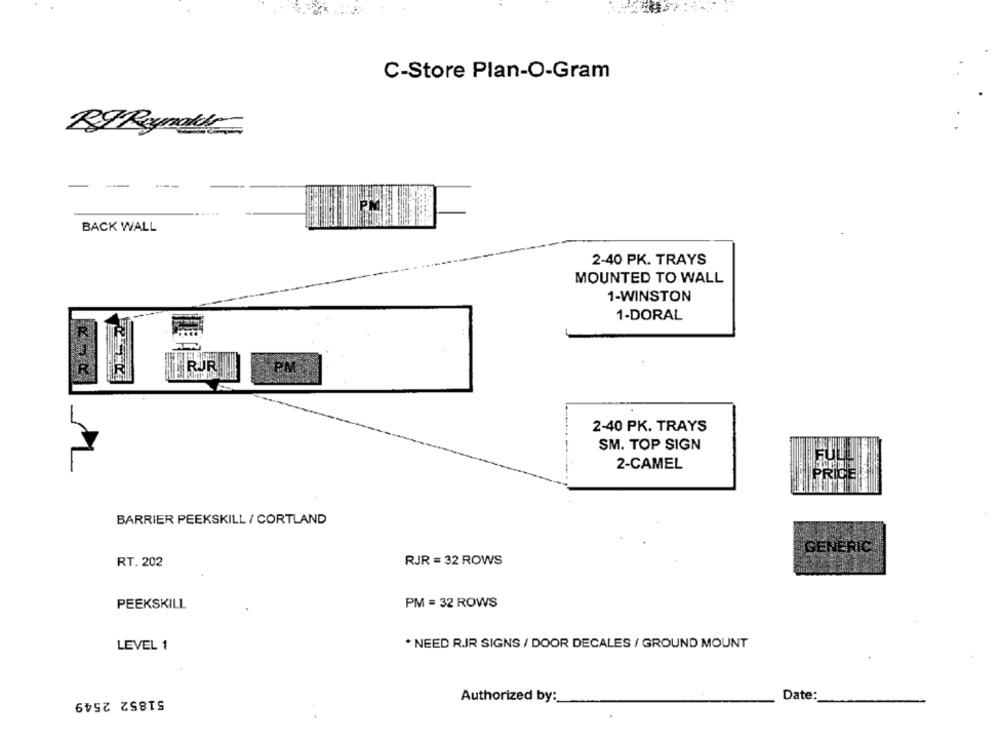
C-Store Plan-O-Gram
-
-
BACK WALL
2-40 PK. TRAYS
MOUNTED TO WALL
1-WINSTON
1-DORAL
RJR
PM
2-40 PK. TRAYS
SM. TOP SIGN
FUL
2-CAMEL
PRICE
BARRIER PEEKSKILL / CORTLAND
GENERIC
RT. 202
RJR = 32 ROWS
PEEKSKILL
PM = 32 ROWS
* NEED RJR SIGNS / DOOR DECALES / GROUND MOUNT
LEVEL 1
51852 2549
Authorized by:
Date: